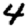
Digit: 4